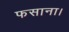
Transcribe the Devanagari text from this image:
फसाना।